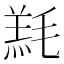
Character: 𣯇